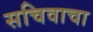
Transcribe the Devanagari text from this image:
सचिवाचा